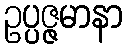
ဥပ္ပဇ္ဇမာနာ